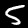
Label: 5